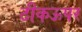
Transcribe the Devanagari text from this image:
ठीकऊपर